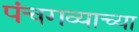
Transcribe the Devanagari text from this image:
पंचगव्याच्या